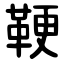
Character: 鞕